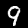
Digit: 9